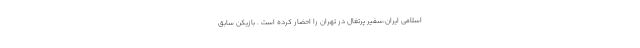
اسلامی ایران،سفیر پرتغال در تهران را احضار کرده است . بازیکن سابق